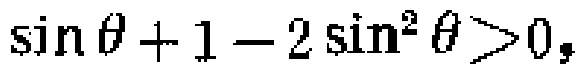
\(\sin \theta + 1 - 2 \sin^{2} \theta>0\)